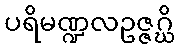
ပရိမဏ္ဍလဥဇ္ဇဂ္ဃိ